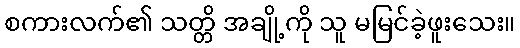
စကားလက်၏ သတ္တိ အချို့ကို သူ မမြင်ခဲ့ဖူးသေး။